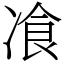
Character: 飡